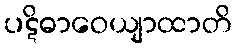
ပဋိဓာဝေယျာထာတိ